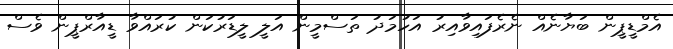
އެމްޑީޕީން ބަޔާނެއް ނެރެފައިވާއިރު އަހުމަދު ތަސްމީން އަލީ ލީޑަރުކަން ކުރައްވާ ޑީއާރްޕީން ވެސް